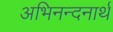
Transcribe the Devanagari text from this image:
अभिनन्दनार्थ